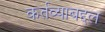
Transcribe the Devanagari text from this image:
कर्तव्याबद्दल